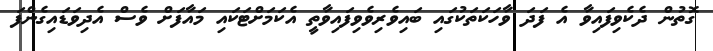
ގޮތުން ދެކެވިފައިވާ އެ ފަދަ ވާހަކަތަކުގައި ބައިވެރިވެވިފައިވާތީ އެކަމަށްޓަކައި މައާފަށް ވެސް އެދިވަޑައިގެންފަ